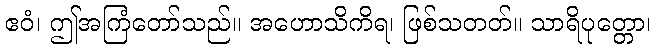
ဧဝံ၊ ဤအကြံတော်သည်။ အဟောသိကိရ၊ ဖြစ်သတတ်။ သာရိပုတ္တော၊